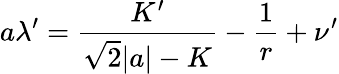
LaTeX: a\lambda^{\prime}=\frac{K^{\prime}}{\sqrt{2}|a|-K}-\frac{1}{r}+\nu^{\prime}